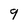
Character: 9